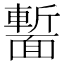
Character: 𩈻